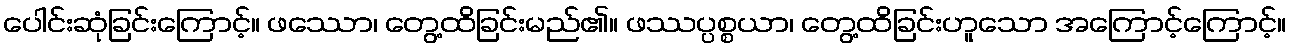
ပေါင်းဆုံခြင်းကြောင့်။ ဖဿော၊ တွေ့ထိခြင်းမည်၏။ ဖဿပ္ပစ္စယာ၊ တွေ့ထိခြင်းဟူသော အကြောင့်ကြောင့်။